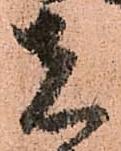
者